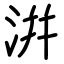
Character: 洴